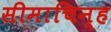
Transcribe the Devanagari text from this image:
सीमाचिन्‍ह